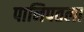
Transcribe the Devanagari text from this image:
पानिपतला